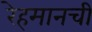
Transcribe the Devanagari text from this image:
रेहमानची